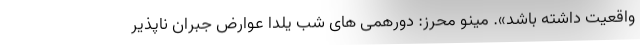
واقعیت داشته باشد». مینو محرز: دورهمی های شب یلدا عوارض جبران ناپذیر